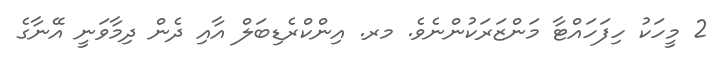
2 މީހަކު ހިފަހައްޓާ މަންޒަރަކުންނެވެ. މރ. އިންކްރެޑިބަލް އާއި ދެން ދިމާވަނީ އޭނާގެ